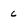
Character: 6